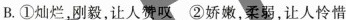
B.①灿烂，刚毅，让人赞叹②娇嫩，柔弱，让人怜惜